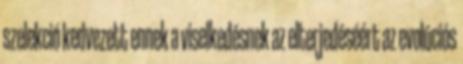
szelekció kedvezett ennek a viselkedésnek az elterjedéséért az evolúciós